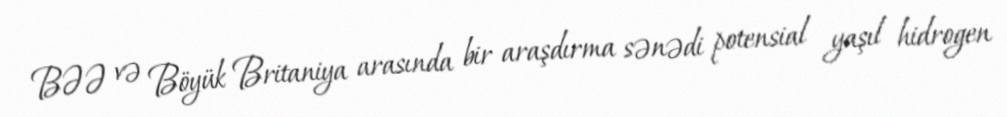
BƏƏ və Böyük Britaniya arasında bir araşdırma sənədi potensial yaşıl hidrogen